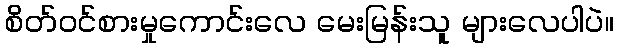
စိတ်ဝင်စားမှုကောင်းလေ မေးမြန်းသူ များလေပါပဲ။